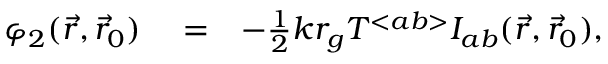
\begin{array} { r l r } { \varphi _ { 2 } ( \vec { r } , \vec { r } _ { 0 } ) } & { { } = } & { - { \textstyle \frac { 1 } { 2 } } k r _ { g } { \cal T } ^ { < a b > } { \cal I } _ { a b } ( \vec { r } , \vec { r } _ { 0 } ) , } \end{array}